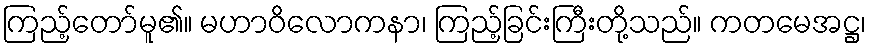
ကြည့်တော်မူ၏။ မဟာဝိလောကနာ၊ ကြည့်ခြင်းကြီးတို့သည်။ ကတမေအဋ္ဌ၊